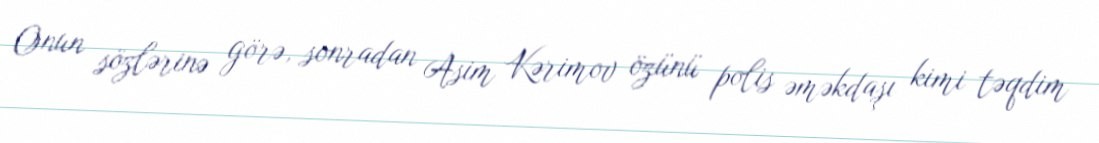
Onun sözlərinə görə, sonradan Asim Kərimov özünü polis əməkdaşı kimi təqdim